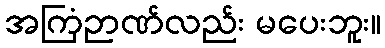
အကြံဉာဏ်လည်း မပေးဘူး။